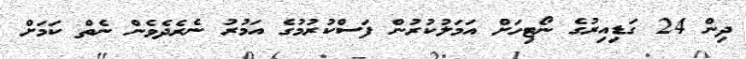
ދިން 24 ގަޑިއިރުގެ ނޯޓިހަށް އަމަލުކުރުން ފަސްކުރުމުގެ އަމުރު ނެރެދެވެން ނެތް ކަމަށް